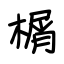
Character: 榍